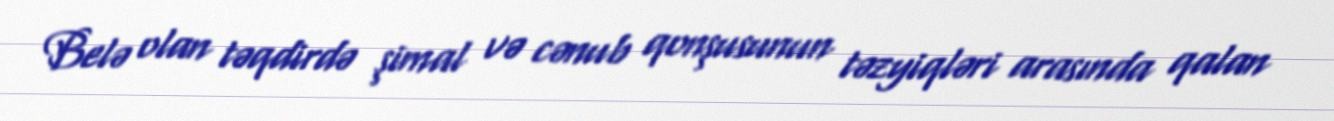
Belə olan təqdirdə şimal və cənub qonşusunun təzyiqləri arasında qalan